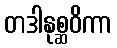
တဒါနုစ္ဆဝိကာ